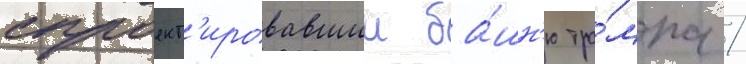
спроект'ировавшии ба́шн'ю тра́мпа /